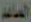
المناعم